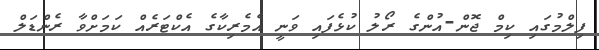
ފިލްމުގައި ކިމް ޖޮން-އުންގެ ރޯލު ކުޅެފައި ވަނީ އެމެރިކާގެ އެކްޓަރެއް ކަމަށްވާ ރެންޑަލް